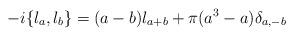
LaTeX: \begin{align*}- i\{\l_a,\l_b\}=(a-b)\l_{a+b}+\pi(a^3-a)\delta_{a,-b}\end{align*}